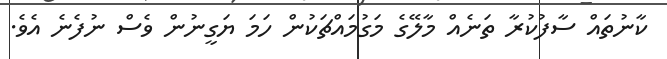
ކާނުތައް ސާފުކުރާ ތަނެއް މާލޭގެ މަގުމައްޗަކުން ހަމަ ޔަގީނުން ވެސް ނުފެނެ އެވެ.